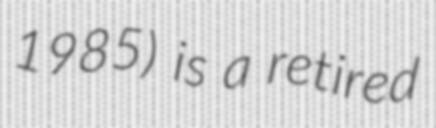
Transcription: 1985) is a retired